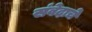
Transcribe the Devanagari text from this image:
संवेदाचे